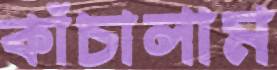
কাঁচালাম